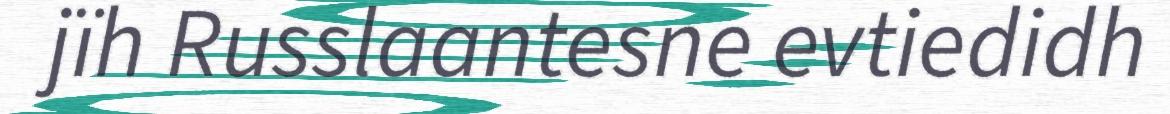
jïh Russlaantesne evtiedidh